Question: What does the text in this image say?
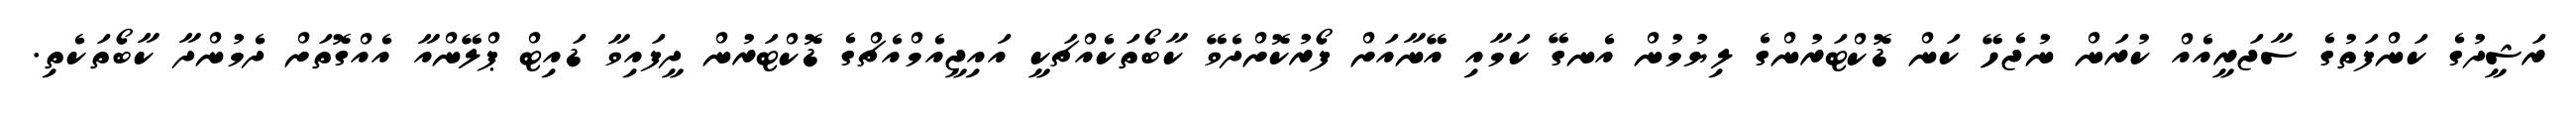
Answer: ރަޝީދުގެ ކަންފަތުގެ ސާޖަރީއެއް ކުރަން ނުޖެހޭ ކަން ޑޮކްޓަރުންގެ ލިޔުމުން އެނގޭ ކަމާއި އޭނާއަށް ފޯރުކޮށްދެވޭ ކާބޯތަކެއްޗަކީ އައިޖީއެމްއެޗްގެ ޑޮކްޓަރުން ދީފައިވާ ޑައިޓް ޕްލޭންއާ އެއްގޮތަށް ދެމުންދާ ކާބޯތަކެތި.